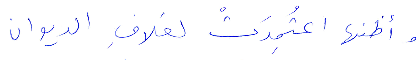
وأظنها اعتُمدتْ لغلاف الديوان